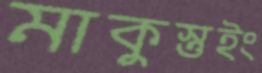
মাকুস্তুইং